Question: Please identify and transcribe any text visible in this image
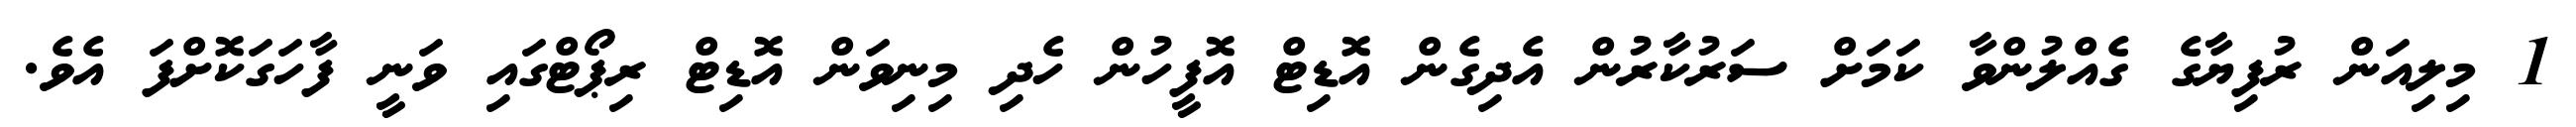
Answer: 1 މިލިއަން ރުފިޔާގެ ގެއްލުންވާ ކަމަށް ސަރުކާރުން އެދިގެން އޮޑިޓް އޮފީހުން ހެދި މިނިވަން އޮޑިޓް ރިޕޯޓްގައި ވަނީ ފާހަގަކޮށްފަ އެވެ.